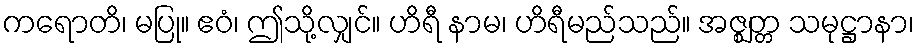
ကရောတိ၊ မပြု။ ဧဝံ၊ ဤသို့လျှင်။ ဟိရီ နာမ၊ ဟိရီမည်သည်။ အဇ္ဈတ္တ သမုဋ္ဌာနာ၊